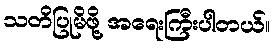
သတိပြုမိဖို့ အရေးကြီးပါတယ်။